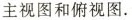
主视图和俯视图。